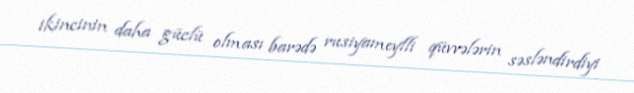
ikincinin daha güclü olması barədə rusiyameylli qüvvələrin səsləndirdiyi